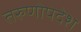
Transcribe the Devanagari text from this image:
तरुणोपदेश